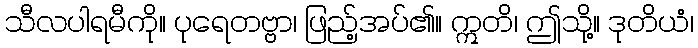
သီလပါရမီကို။ ပုရေတဗ္ဗာ၊ ဖြည့်အပ်၏။ ဣတိ၊ ဤသို့။ ဒုတိယံ၊